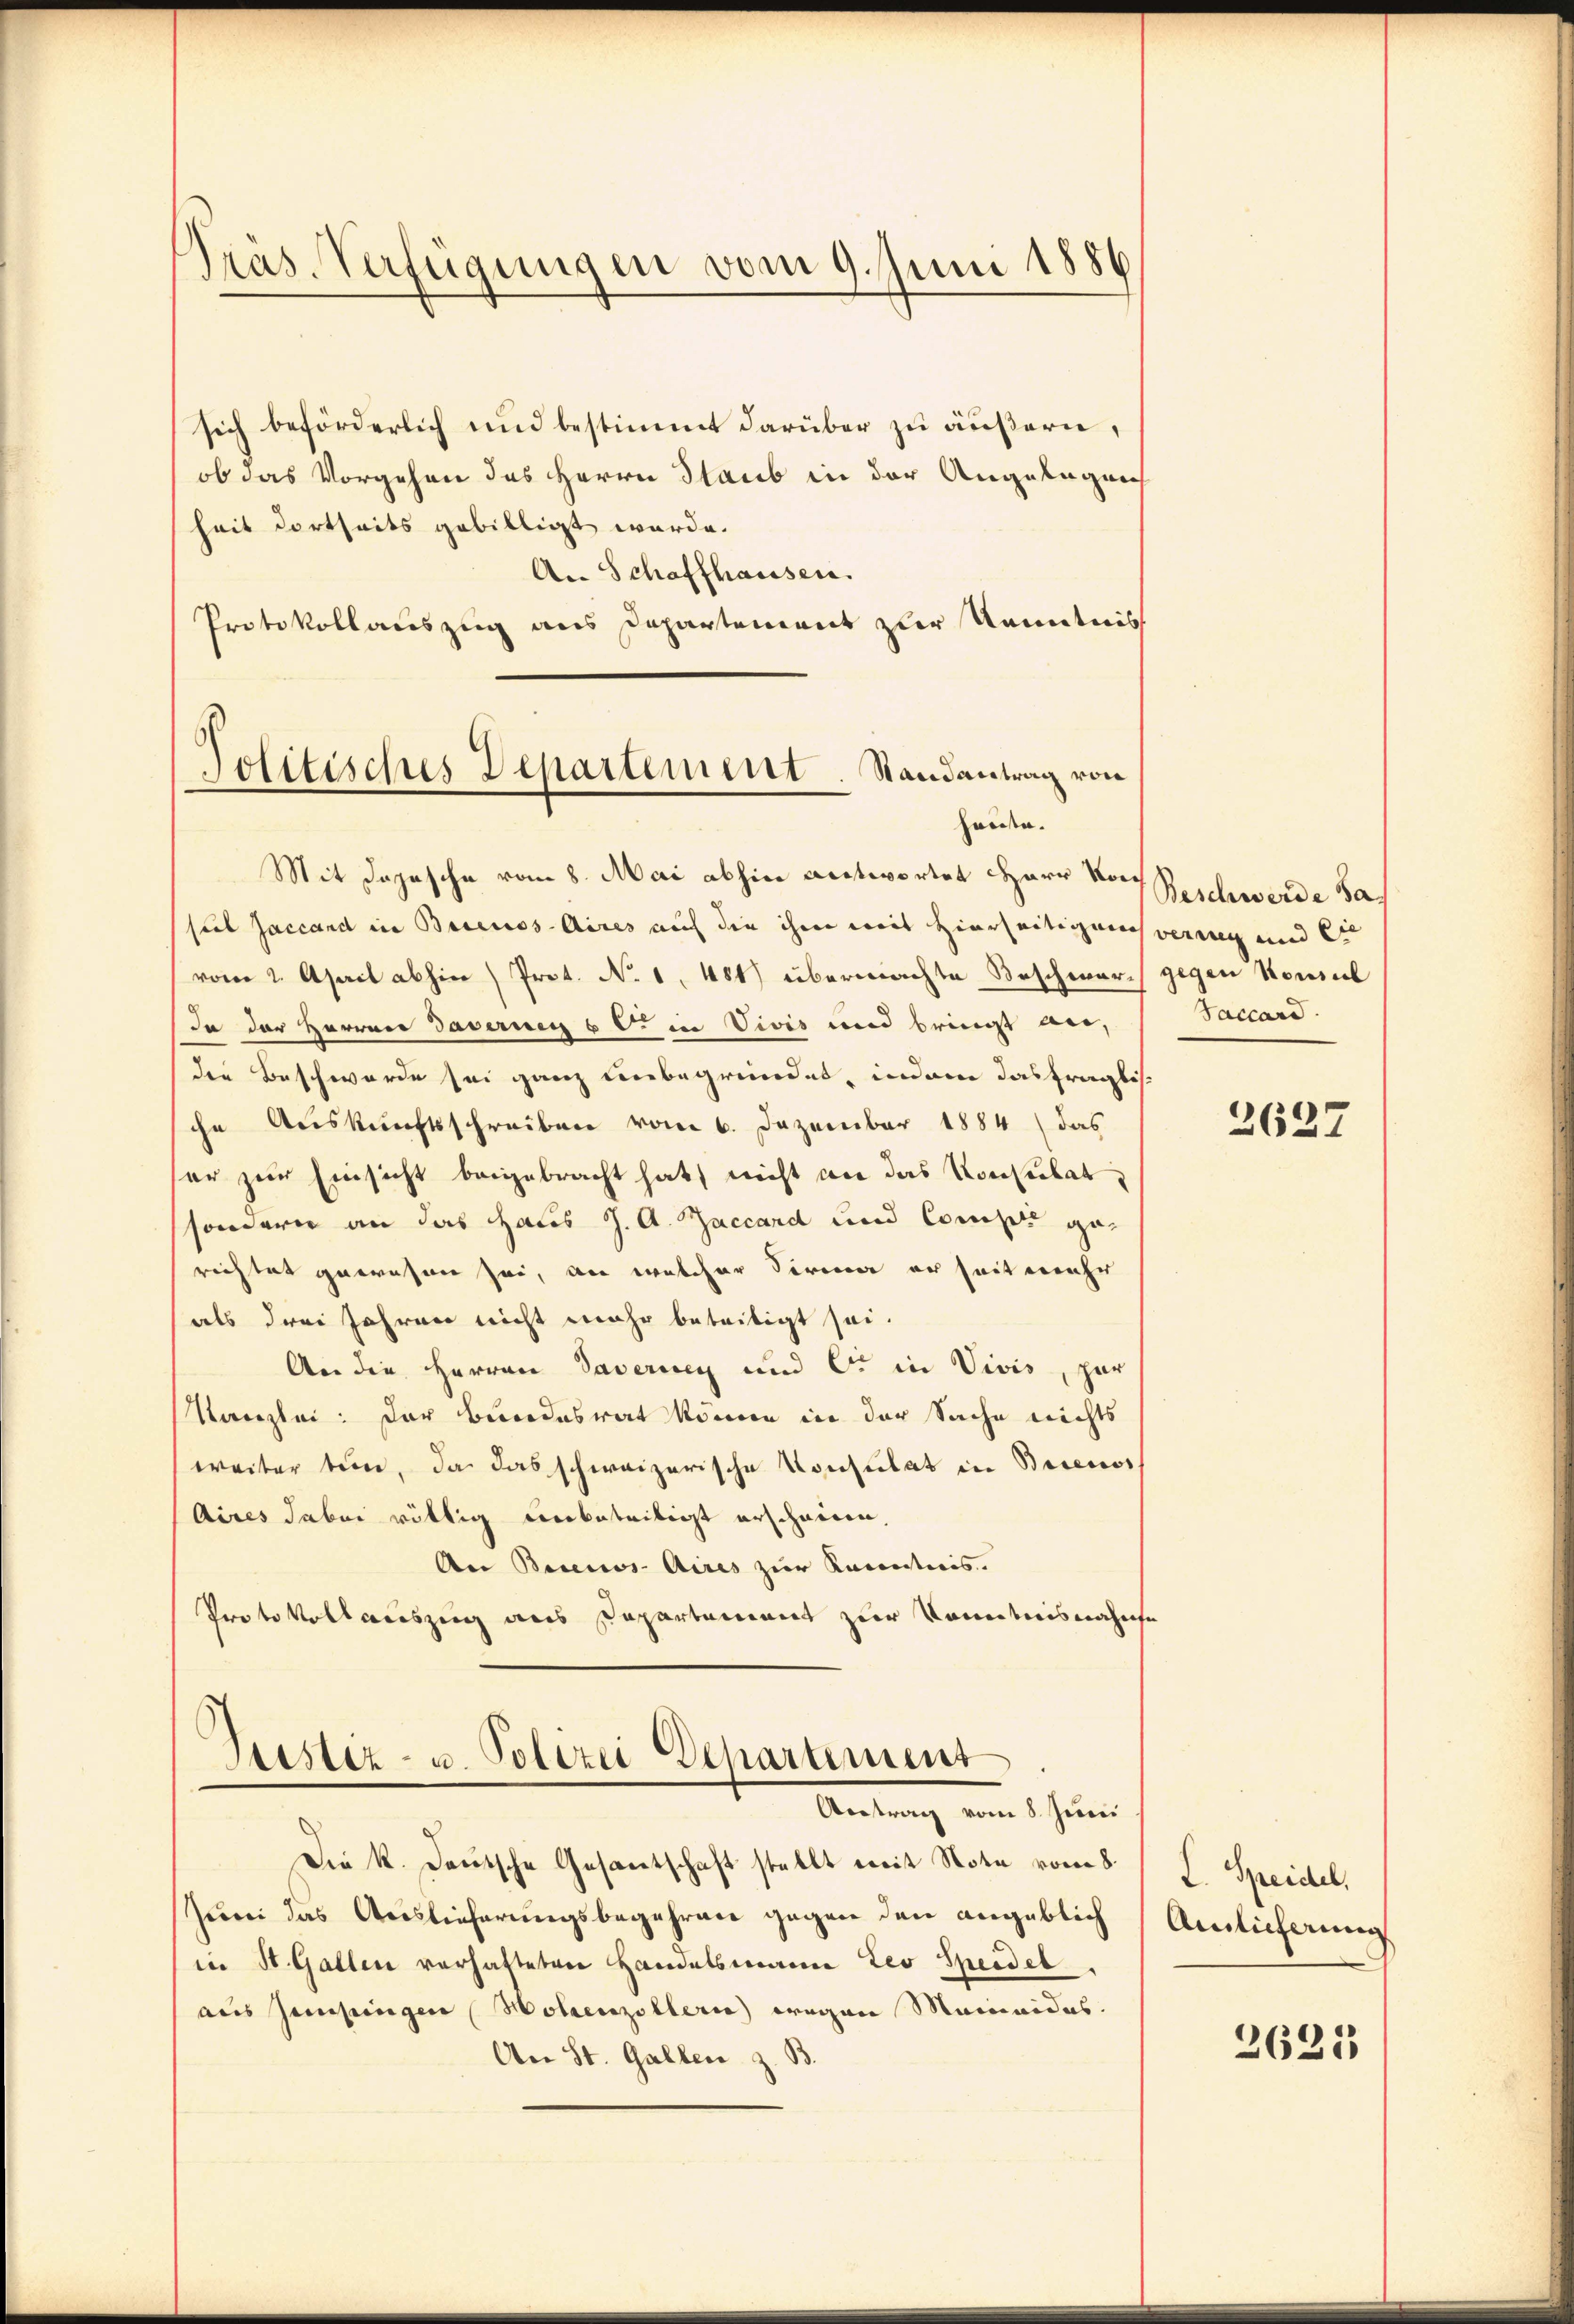
Präs. Verfügungen vom 9. Juni 1886

sich beförderlich und bestimmt darüber zu äußern,
ob das Vorgehen des Herrn Staub in der Angelagrech
heit dortseits gebilligt werde.
An Schaffhausen.
Protokollauszug aus Departement zur Kenntnis

Politisches Departement. Randantrag von
hause.

Mit Jojesche vom 8. Mai abhin antwortet Herr Vor Beschwerde Sac
suel Jaccand in Buenos-Aires auch die ihm weit hierseitigen verweg und sie
vom 2. April abhin) Prot. No. 1. 481) übermachte Beschwarch gegen Konsul
In der Herren Taverneg 6 c. in Vivis und bringt bei,
den Beschwerde sei ganz unbegründet, indem das fragliche Auskunftsschreiben vom 6. Dezember 1884 das
er zur Einsicht beigebracht hat, nicht an das Konsulat,
sondern an das Haus J. A. Zaccard und Compt gerichtet gewesen sei, an welcher Firma er seit mehr
als drei Jahren nicht mehr beseitigt sei.
An die Herren Taverney und Er in Vivis, zur
Kanzlei: Der Bundesrat könne in der Sache nichts
weiter sein, da das schweizerische Konsulat in Biceros
Aires dabei völlig verbeteiligt erscheinen,
An Buenos-Aires zur Kennticis.
Protokollauszug aus Departement zur Kenntnisnahme

Stistiz- u. Polizei Departement
Antrag vom 8. Juni

Die K. Deutsche Gesantschaft stellt mit Note vom 8.
Juni das Auslieferungsbegehren gegen den angeblich
in St. Gallen verhafteten Handelsmann Leo Sperdeb
aus Gesingen Hohenzollerie wegen Mainaides.
An St. Gallen z. B.

Saccard.

2627

L. Speidel,
Ainlicherung

2625